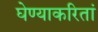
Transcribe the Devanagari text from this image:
घेण्याकरितां